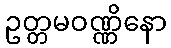
ဥတ္တမဝဏ္ဏိနော